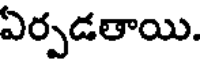
ఏర్పడతాయి.